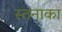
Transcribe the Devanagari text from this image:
स्तनाका